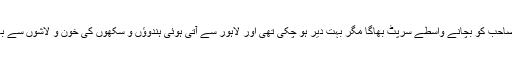
سردار سمپورن سنگھ جو بیگم صاحب کو نظروں سے اوجھل ہوجانے تک دیکھنا چاہتا تھا بیگم صاحب کو بچانے واسطے سرپٹ بھاگا مگر بہت دیر ہو چکی تھی اور لاہور سے آتی ہوئی ہندوؤں و سکھوں کی خون و لاشوں سے بھری ٹرین ہندوستان کے ساتھ ساتھ ہندوستان کی تہذیب کے دو ٹکڑے کر کے آگے جا چکی تھی۔